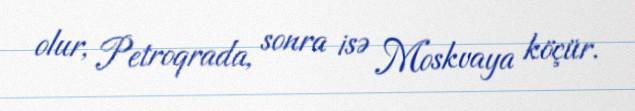
olur, Petroqrada, sonra isə Moskvaya köçür.